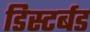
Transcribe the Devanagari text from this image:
डिस्टर्बड